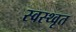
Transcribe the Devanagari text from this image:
स्वस्थ्वृत